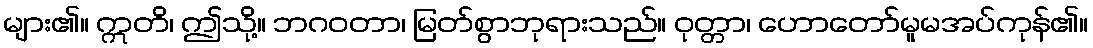
များ၏။ ဣတိ၊ ဤသို့။ ဘဂဝတာ၊ မြတ်စွာဘုရားသည်။ ဝုတ္တာ၊ ဟောတော်မူမအပ်ကုန်၏။